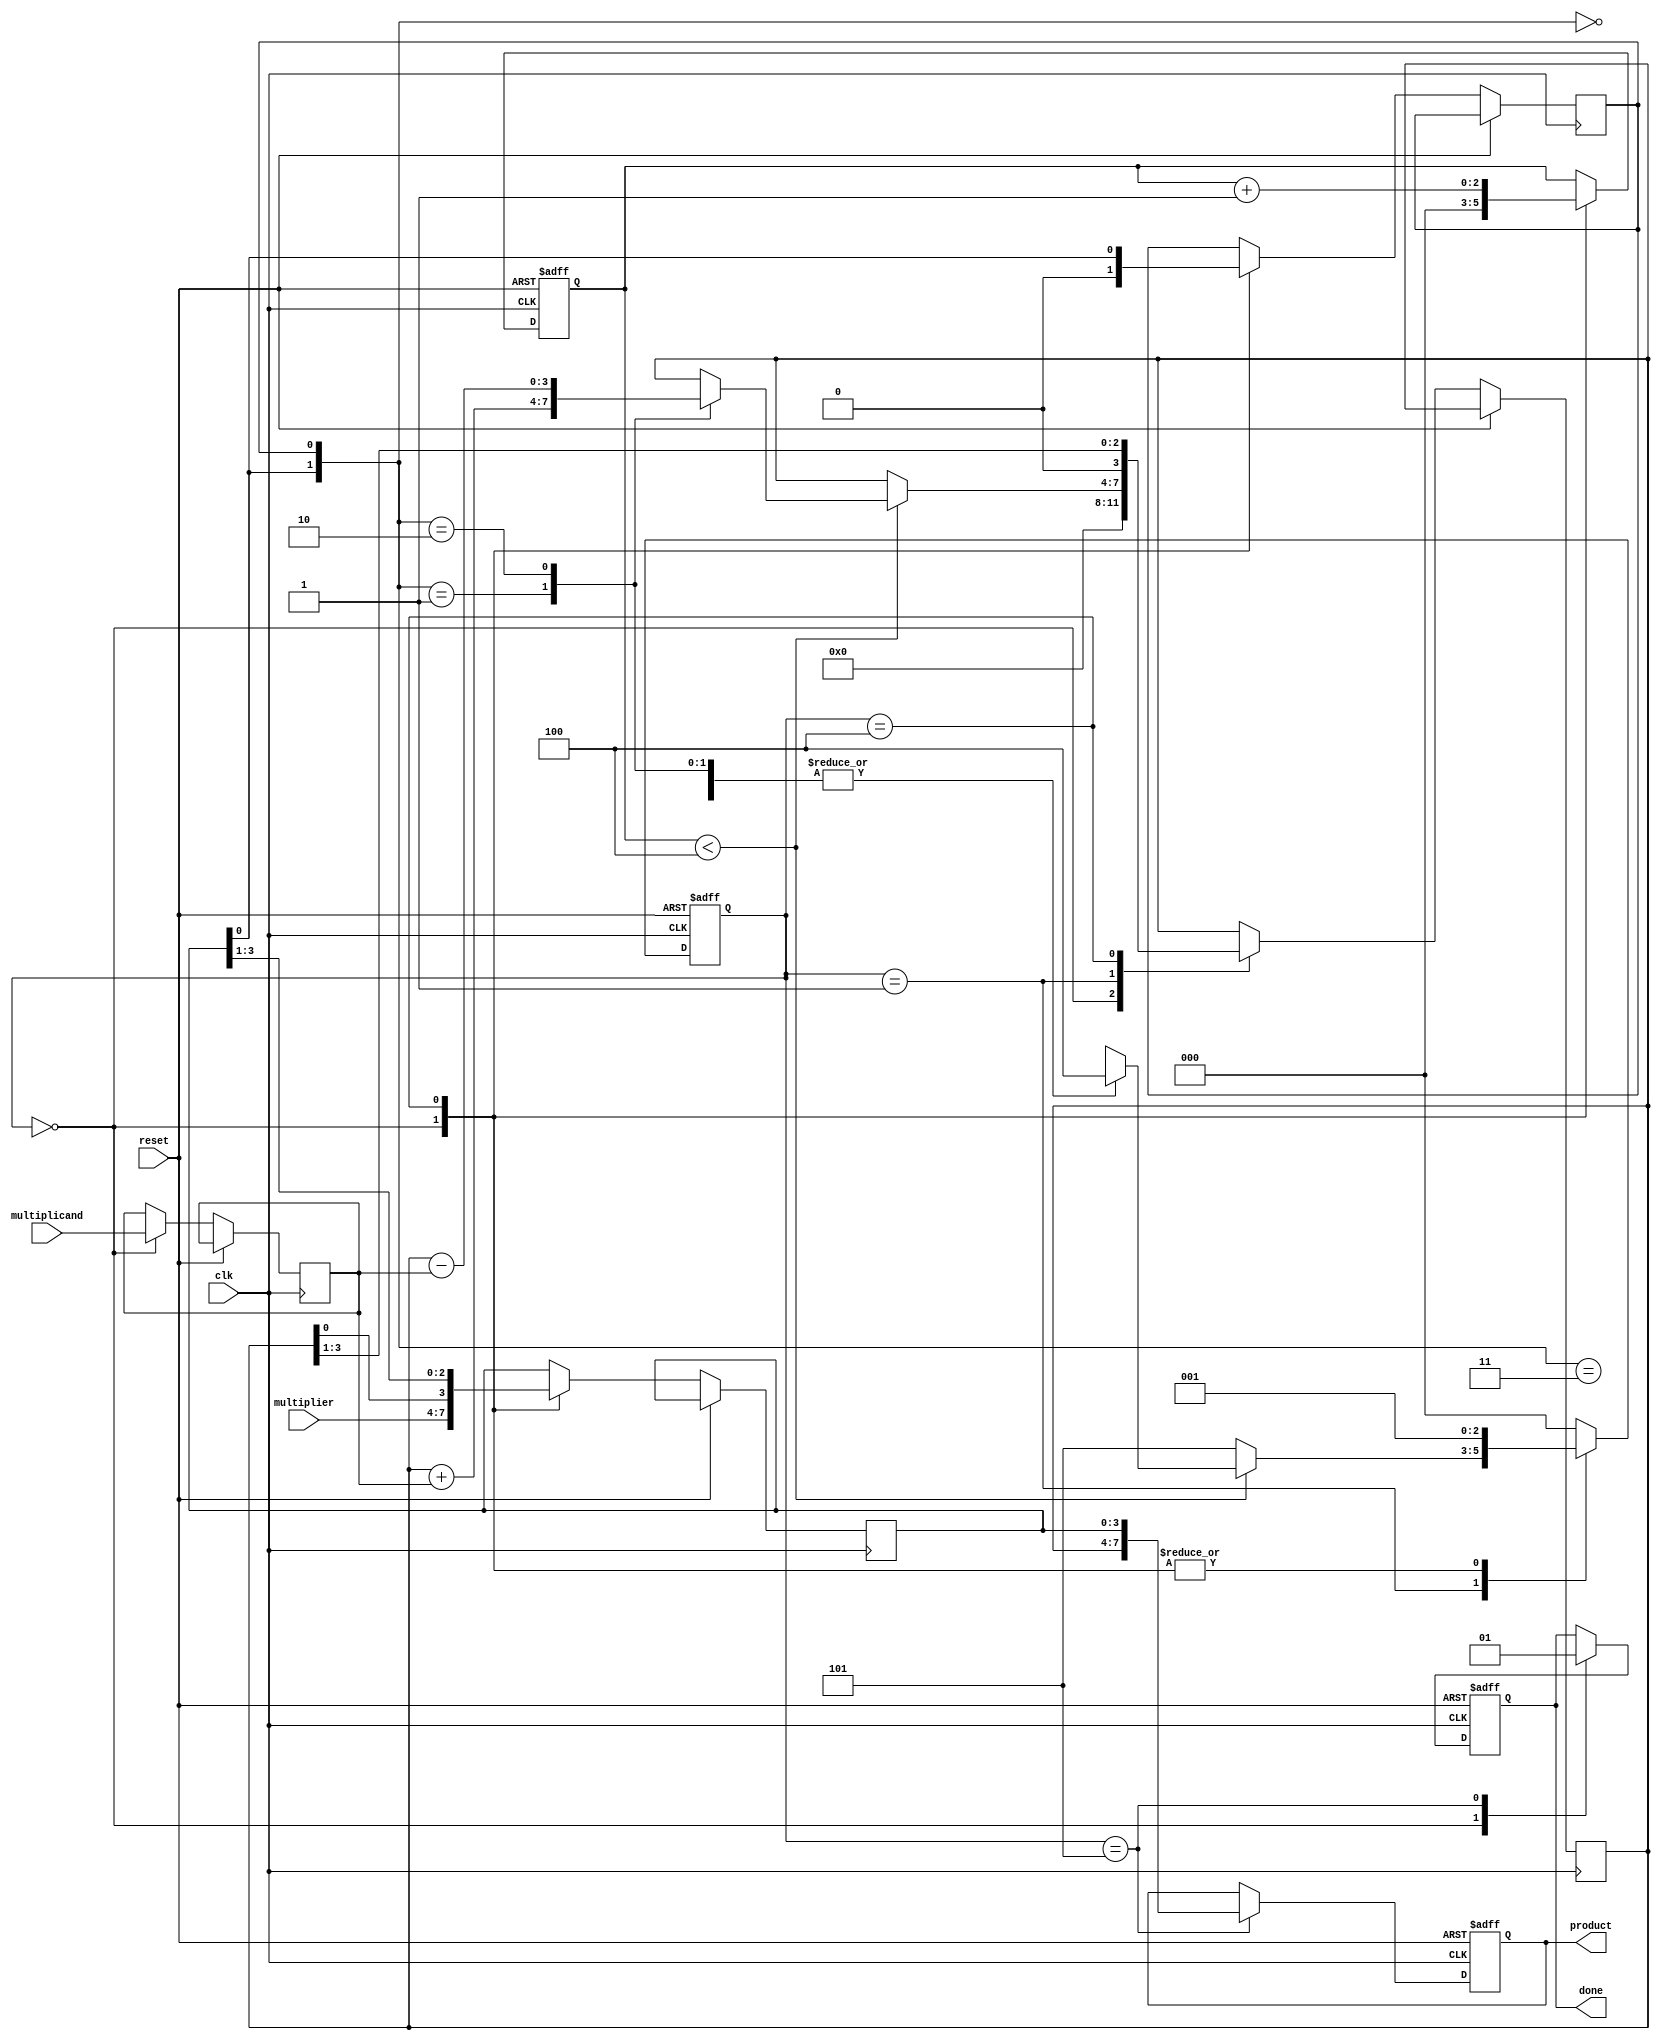
module booth_multiplier #(parameter n = 4) (
    input wire clk,
    input wire reset,
    input wire [n-1:0] multiplicand,
    input wire [n-1:0] multiplier,
    output reg [(2*n)-1:0] product,
    output reg done
);

    reg [n-1:0] M;           // Multiplicand
    reg [n-1:0] Q;           // Multiplier
    reg [(n-1):0] A;         // Accumulator
    reg Q_1;                 // Previous bit
    reg [2:0] state;         // FSM State
    reg [2:0] count;         // Count iterations

    localparam IDLE     = 3'b000,
               LOAD     = 3'b001,
               ADD      = 3'b010,
               SUB      = 3'b011,
               SHIFT    = 3'b100,
               DONE     = 3'b101;

    // State machine
    always @(posedge clk or posedge reset) begin
        if (reset) begin
            state <= IDLE;
            product <= 0;
            done <= 0;
            count <= 0;
        end else begin
            case (state)
                IDLE: begin
                    A <= 0;
                    Q <= multiplier;
                    M <= multiplicand;
                    Q_1 <= 0;
                    count <= 0;
                    state <= LOAD;
                    done <= 0;
                end
                
                LOAD: begin
                    if (count < n) begin
                        case ({Q[0], Q_1})
                            2'b00: state <= SHIFT; // No operation
                            2'b01: begin
                                A <= A + M; // Add M to A
                                state <= SHIFT;
                            end
                            2'b10: begin
                                A <= A - M; // Subtract M from A
                                state <= SHIFT;
                            end
                            2'b11: state <= SHIFT; // No operation
                        endcase
                    end else begin
                        state <= DONE; // Finish
                    end
                end
                
                SHIFT: begin
                    {A, Q} <= {A, Q} >> 1; // Arithmetic right shift
                    Q_1 <= Q[0]; // Update previous bit
                    count <= count + 1; // Increment count
                    state <= LOAD; // Go back to LOAD
                end
                
                DONE: begin
                    product <= {A, Q}; // Final product
                    done <= 1; // Indicate done
                    state <= IDLE; // Reset state
                end
                
                default: state <= IDLE; // Default case
            endcase
        end
    end
endmodule